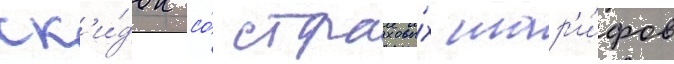
ск'и́док со́ страховы́х тар'и́фов